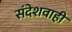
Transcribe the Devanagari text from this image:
संदेशवाही